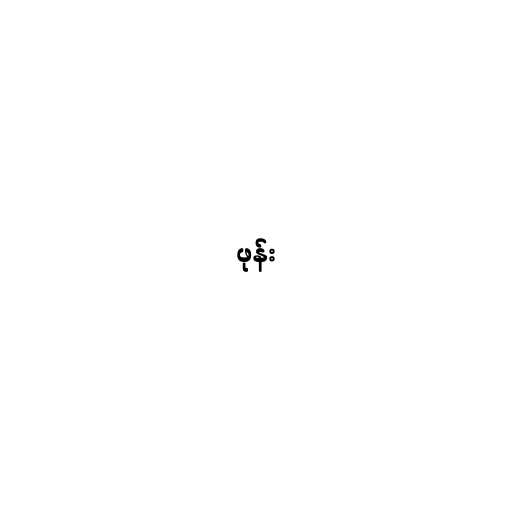
ဖုန်း